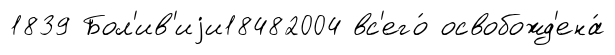
1839 Бол'ив'иjи18482004 вс'его́ освобожд'ена́